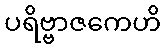
ပရိဗ္ဗာဇကေဟိ